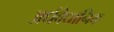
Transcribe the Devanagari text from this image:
अर्धवैधानिक